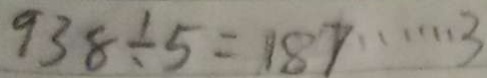
9 3 8 \div 5 = 1 8 7 \cdots 3